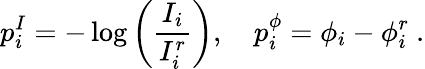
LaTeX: p_{i}^{I}=-\log\left(\frac{I_{i}}{I_{i}^{r}}\right),\quad p_{i}^{\phi}=\phi_{i}-\phi_{i}^{r}\ .